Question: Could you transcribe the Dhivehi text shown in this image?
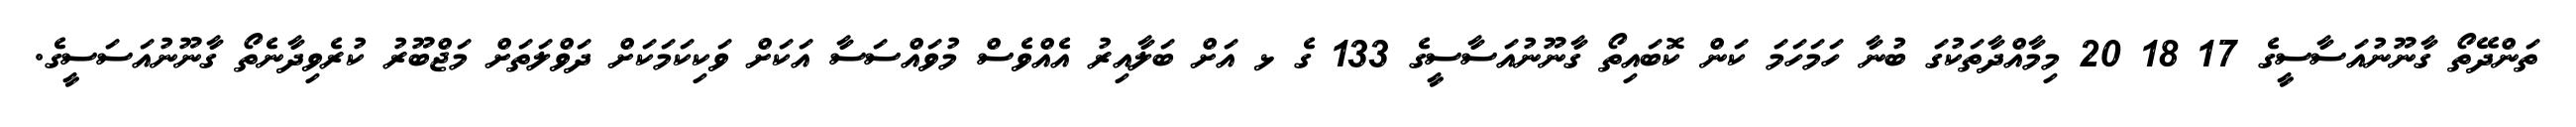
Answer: ތަންދޭތޯ ގާނޫނުއަސާސީގެ 17 18 20 މިމާއްދާތަކުގަ ބުނާ ހަމަހަމަ ކަން ކޮބައިތޯ ގާނޫނުއަސާސީގެ 133 ގެ ޅ އަށް ބަލާއިރު އެއްވެސް މުވައްސަސާ އަކަށް ވަކިކަމަކަށް ދަވްލަތަށް މަޖްބޫރު ކުރެވިދާނެތޯ ގާނޫނުއަސަސީގެ.